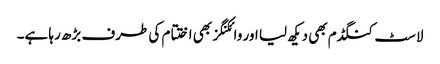
لاسٹ کنگڈم بھی دیکھ لیا اور وائکنگز بھی اختتام کی طرف بڑھ رہا ہے۔